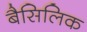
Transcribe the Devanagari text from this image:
बैसिलिक